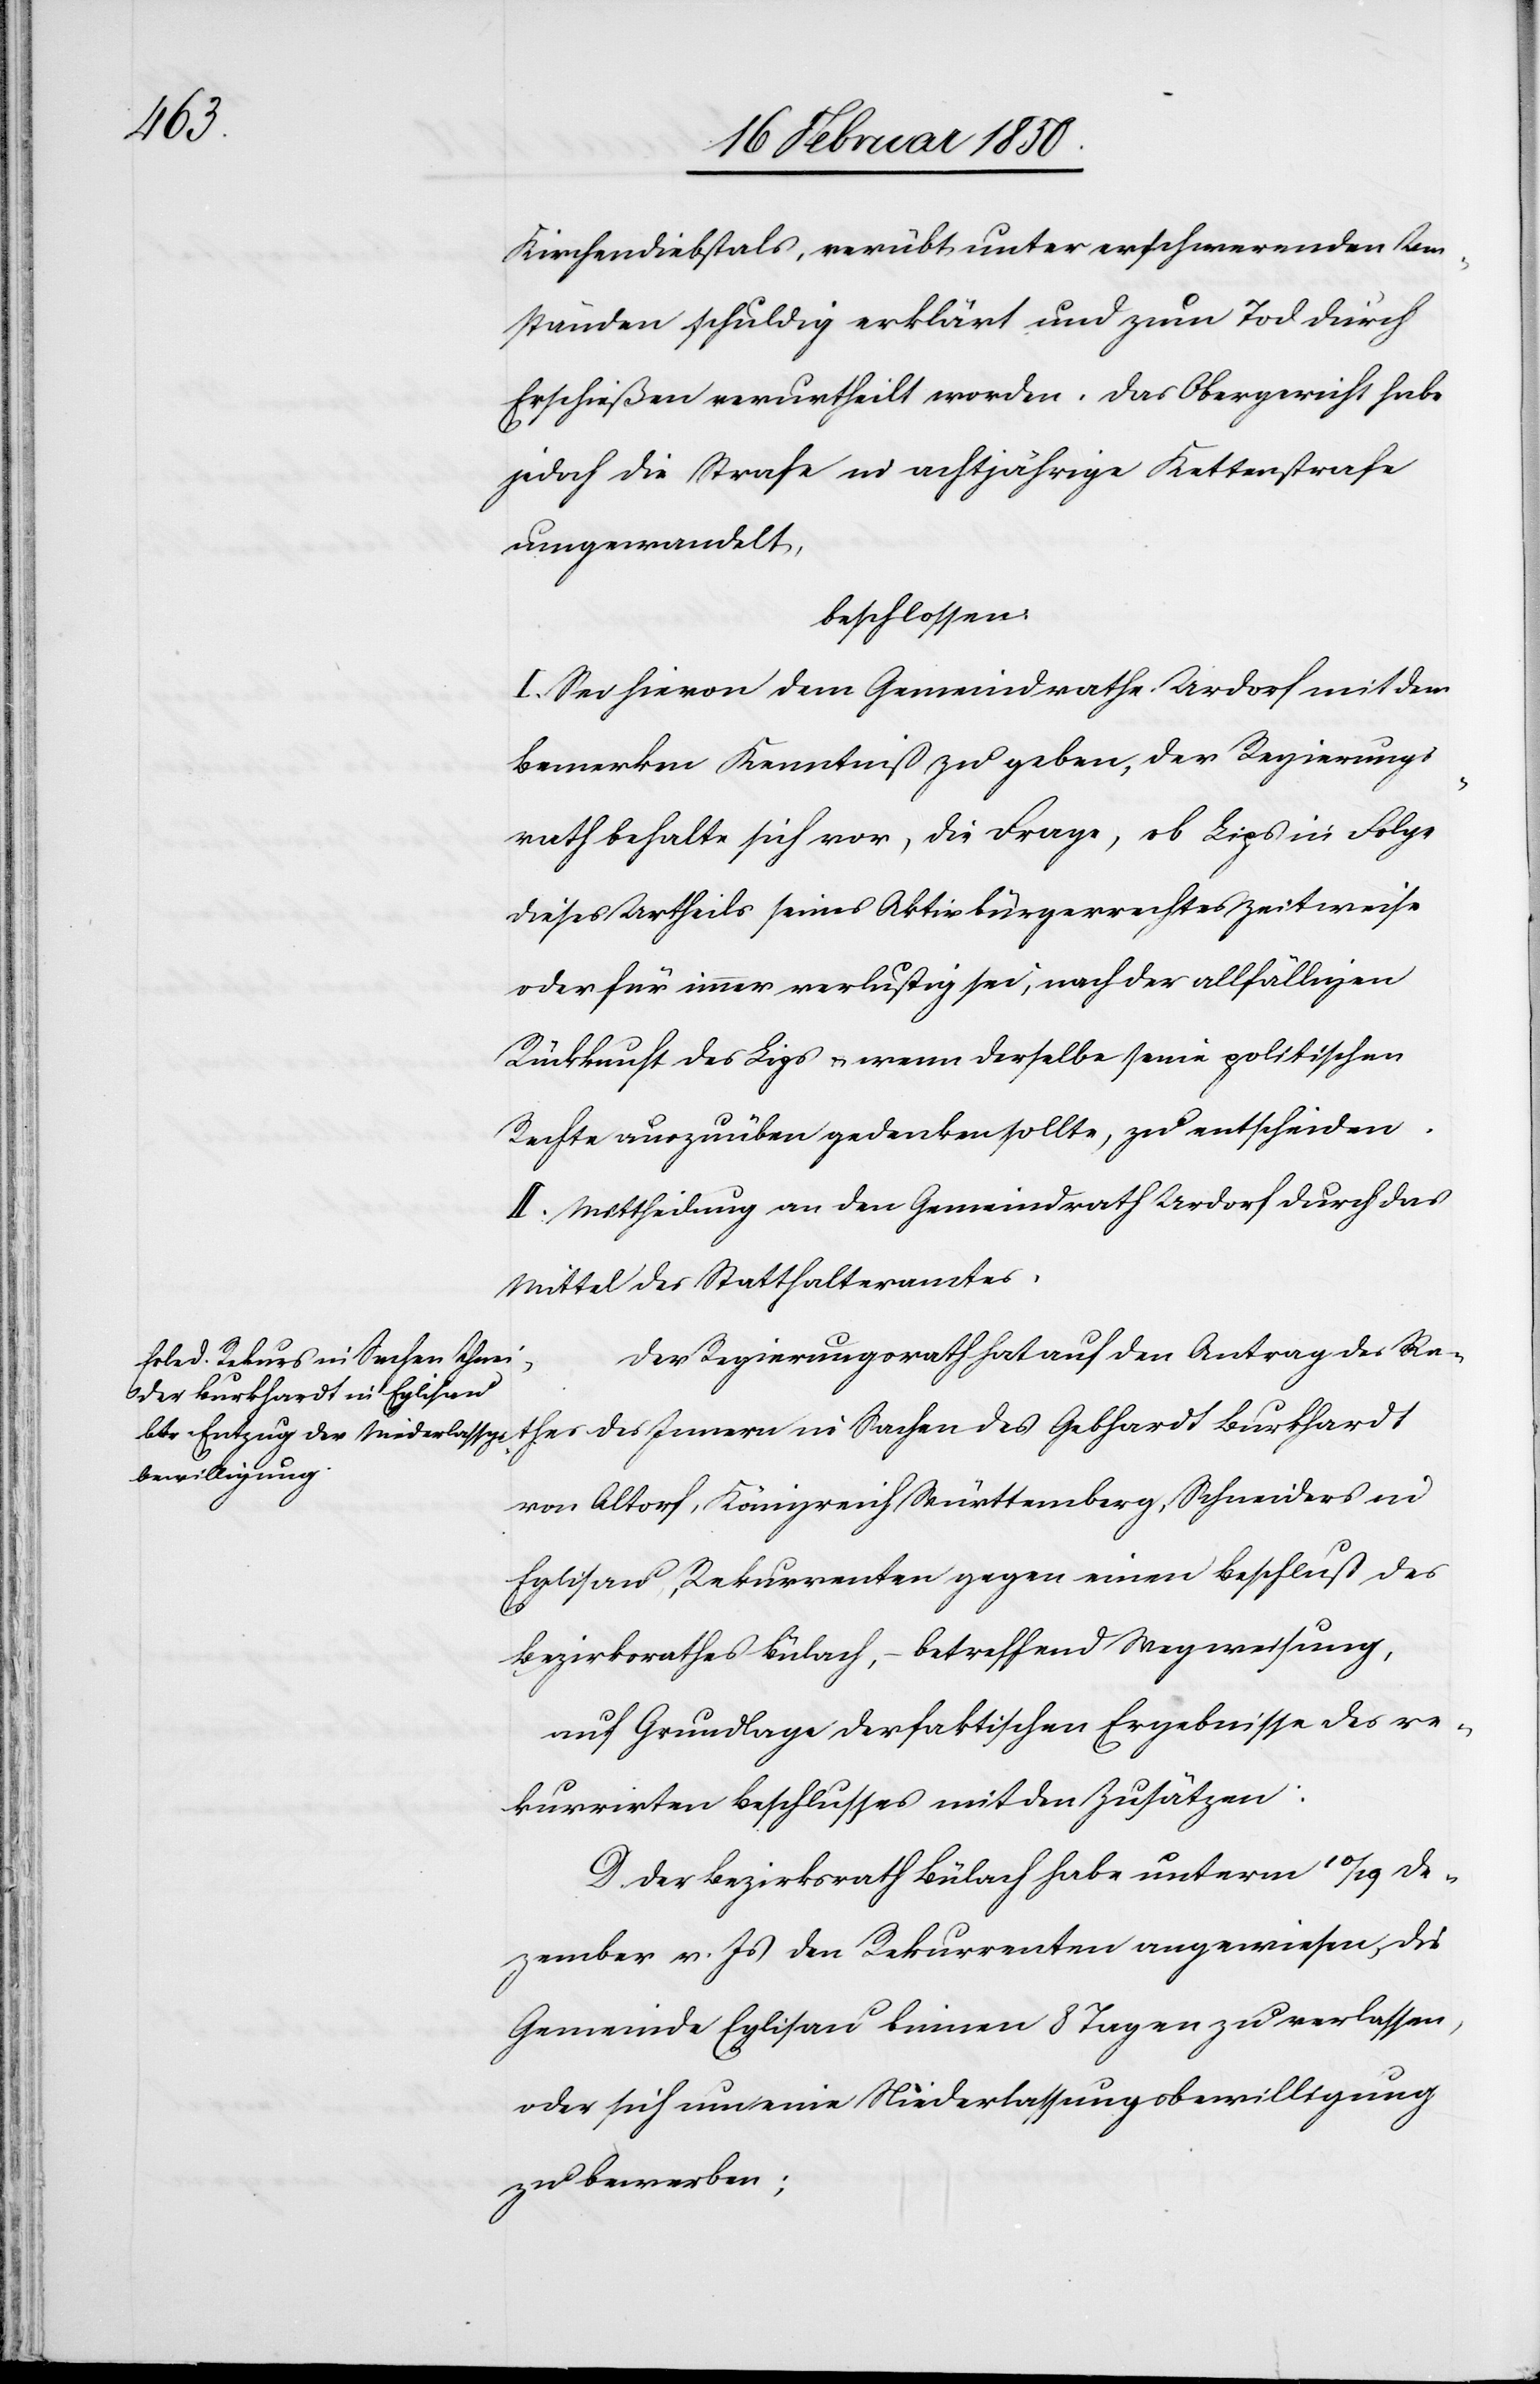
Kirchendiebstals, verübt unter erschwerenden Um¬
ständen schuldig erklärt und zum Tod durch
Erschießen verurtheilt worden. Das Obergericht habe
jedoch die Strafe in achtjährige Kettenstrafe
umgewandelt,
beschlossen:
I. Sei hievon dem Gemeindrathe Urdorf mit dem
Bemerken Kenntniß zu geben, der Regierungs¬
rath behalte sich vor, die Frage, ob Lips in Folge
dieses Urtheils seines Aktivbürgerrechtes zeitweise
oder für immer verlustig sei, nach der allfälligen
Rückkunft des Lips u. wenn derselbe seine politischen
Rechte auszuüben gedenken sollte, zu entscheiden.
II. Mittheilung an den Gemeindrath Urdorf durch das
Mittel des Statthalteramtes.
Der Regierungsrath hat auf den Antrag des Ra¬
thes des Innern in Sachen des Gebhardt Burkhardt
von Altorf, Königreich Württemberg, Schneiders in
Eglisau, Rekurrenten gegen einen Beschluß des
Bezirksrathes Bülach, – betreffend Wegweisung,
auf Grundlage der faktischen Ergebnisse des re¬
kurrirten Beschlusses mit den Zusätzen:
D. Der Bezirksrath Bülach habe unterm 10/29 De¬
zember v. Js den Rekurrenten angewiesen, die
Gemeinde Eglisau binnen 8 Tagen zu verlassen,
oder sich um eine Niederlassungsbewilligung
zu bewerben;